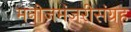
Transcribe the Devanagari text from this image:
मनोजमंजरीसंग्रह